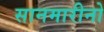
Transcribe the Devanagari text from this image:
सानमारीनो